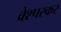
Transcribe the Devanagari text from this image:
वेश्परकर